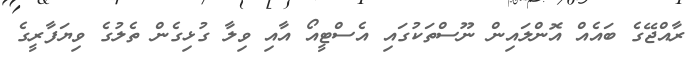
ރާއްޖޭގެ ބައެއް އޮންލައިން ނޫސްތަކުގައި އެސްޓީއޯ އާއި ވިލާ ގުޅިގެން ތެލުގެ ވިޔަފާރީގެ